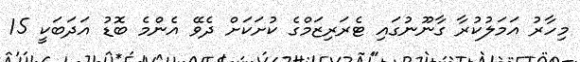
މިހާރު އަމަލުކުރާ ގާނޫނުގައި ޓެރަރިޒަމްގެ ކުށަކަށް ދެވޭ އެންމެ ބޮޑު އަދަބަކީ 15